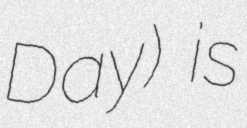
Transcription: Day) is